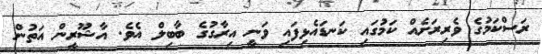
ރަސްކަމުގެ ވެރިރަށެއް ކަމުގައި ކަނޑައެޅިފައި ވަނީ އިރާގުގެ ބާބިލް އެވެ. އާޝޫރީން އަތުން